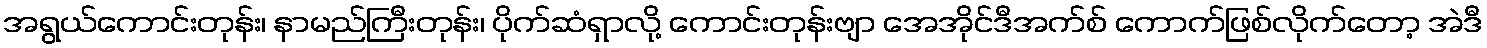
အရွယ်ကောင်းတုန်း၊ နာမည်ကြီးတုန်း၊ ပိုက်ဆံရှာလို့ ကောင်းတုန်းဗျာ အေအိုင်ဒီအက်စ် ကောက်ဖြစ်လိုက်တော့ အဲဒီ